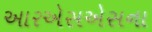
આરએસએસના